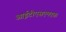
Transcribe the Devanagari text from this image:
आईटीएसएमएफ़